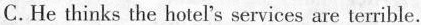
C. He thinks the hotel's services are terrible.